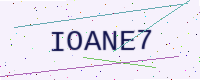
Text: IOANE7